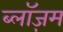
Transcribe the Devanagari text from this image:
ब्लॉज़म